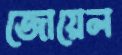
জোয়েল